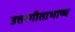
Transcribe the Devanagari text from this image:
उत्तरगीताभाष्य